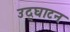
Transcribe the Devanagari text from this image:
उद्‌घाटन